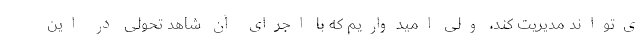
ی‌تواند مدیریت کند، ولی امیدواریم که با اجرای آن شاهد تحولی در این